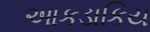
આકડાકિય